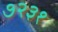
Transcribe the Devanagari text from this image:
७२३१